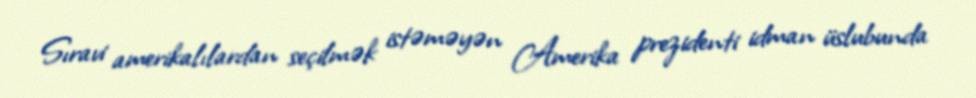
Sıravi amerikalılardan seçilmək istəməyən Amerika prezidenti idman üslubunda